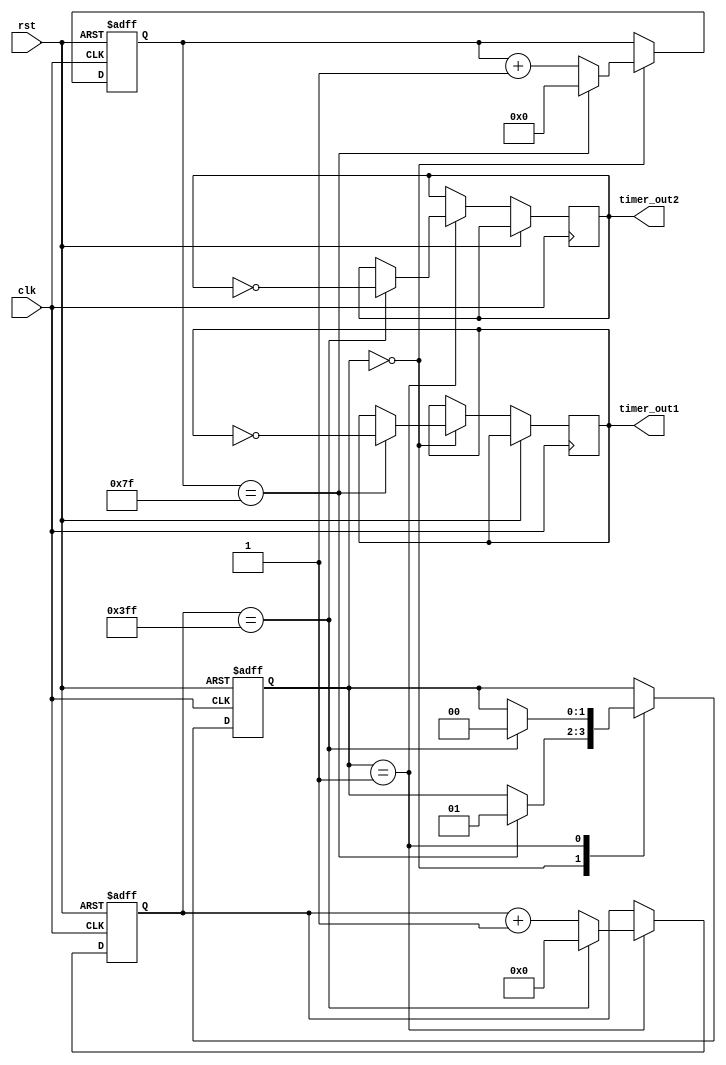
module multirate_timer (
    input wire clk,
    input wire rst,
    output reg timer_out1,
    output reg timer_out2
);

reg [7:0] counter1 = 8'd0;
reg [9:0] counter2 = 10'd0;
reg [1:0] state = 2'b00;

always @ (posedge clk or posedge rst) begin
    if (rst) begin
        counter1 <= 8'd0;
        counter2 <= 10'd0;
        state <= 2'b00;
    end else begin
        // State machine to generate different clock signals
        case (state)
            2'b00: begin
                    if (counter1 == 8'd127) begin
                        counter1 <= 8'd0;
                        timer_out1 <= ~timer_out1;
                        state <= 2'b01;
                    end else begin
                        counter1 <= counter1 + 1;
                    end
                end
            2'b01: begin
                    if (counter2 == 10'd1023) begin
                        counter2 <= 10'd0;
                        timer_out2 <= ~timer_out2;
                        state <= 2'b00;
                    end else begin
                        counter2 <= counter2 + 1;
                    end
                end
        endcase
    end
end

endmodule